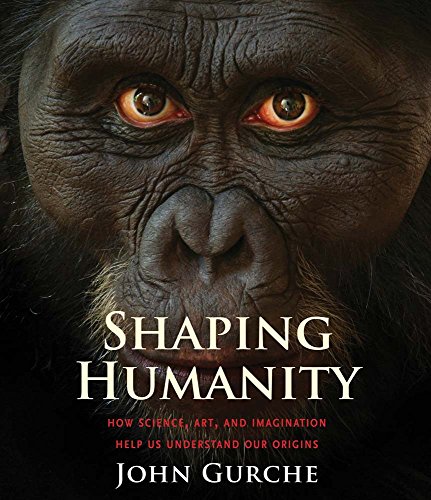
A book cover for Shaping Humanity: How Science, Art, and Imagination Help Us Understand Our Origins; John Gurche; Science & Math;